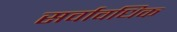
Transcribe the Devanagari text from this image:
सर्वावधिक